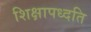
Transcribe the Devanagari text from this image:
शिक्षापध्दति